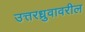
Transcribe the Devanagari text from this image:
उत्तरध्रुवावरील